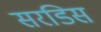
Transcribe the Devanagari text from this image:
सरडिस